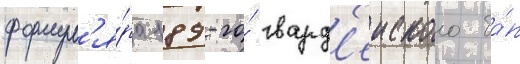
формул'я́ра 189-го́ гвард'еиского ба́п